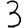
Digit: 3